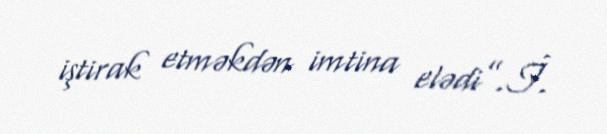
iştirak etməkdən imtina elədi”.İ.